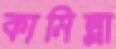
কামিল্লা